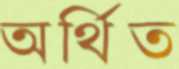
অর্থিত